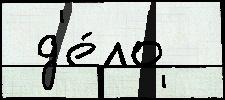
 д'е́ло